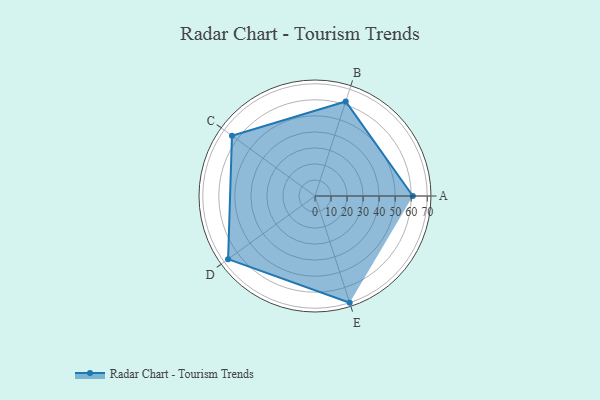
{"axis": {"x": "Skill", "y": "Score"}, "legend": ["Profile"], "data": [{"x": "A", "y": 61.0, "type": "Profile"}, {"x": "B", "y": 62.0, "type": "Profile"}, {"x": "C", "y": 64.0, "type": "Profile"}, {"x": "D", "y": 67.0, "type": "Profile"}, {"x": "E", "y": 70.0, "type": "Profile"}]}